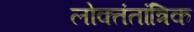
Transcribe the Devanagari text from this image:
लोक्तंतांत्रिक